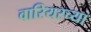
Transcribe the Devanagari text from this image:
वारियरच्या